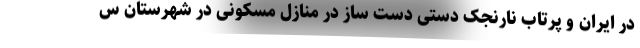
در ایران و پرتاب نارنجک دستی دست ساز در منازل مسکونی در شهرستان س